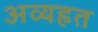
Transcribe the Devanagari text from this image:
अव्यहत